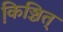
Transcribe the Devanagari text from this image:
कि़ञ्चित्